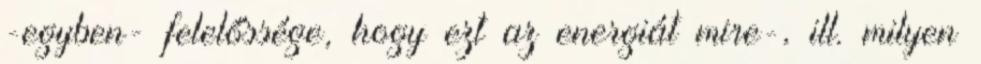
-egyben- felelőssége, hogy ezt az energiát mire-, ill. milyen